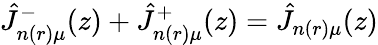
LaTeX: \hat{J}_{n(r)\mu}^{-}(z)+\hat{J}_{n(r)\mu}^{+}(z)=\hat{J}_{n(r)\mu}(z)